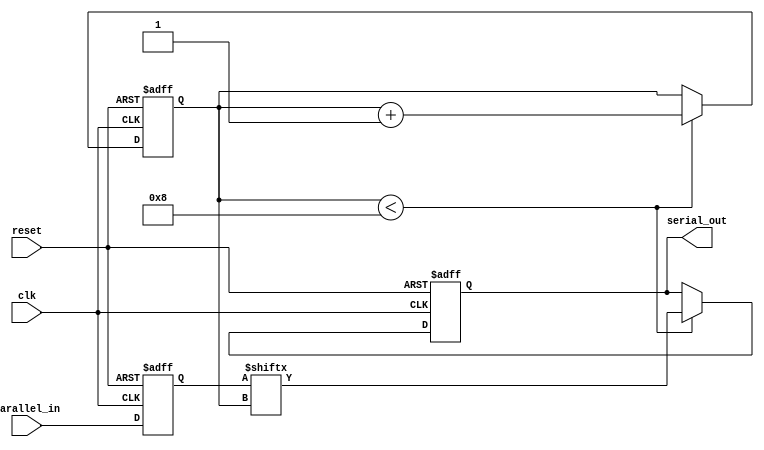
module parallel_in_serial_out_register (
    input wire clk,
    input wire reset,
    input wire [7:0] parallel_in,
    output reg serial_out
);

reg [7:0] parallel_data;
reg [2:0] shift_counter;

always @ (posedge clk or posedge reset) begin
    if (reset) begin
        parallel_data <= 8'b0;
        shift_counter <= 3'b0;
        serial_out <= 1'b0;
    end else begin
        parallel_data <= parallel_in;
        
        if (shift_counter < 8) begin
            serial_out <= parallel_data[shift_counter];
            shift_counter <= shift_counter + 1;
        end
    end
end

endmodule